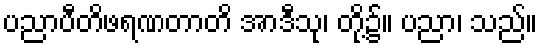
ပညာပီတိဖရဏတာတိ အာဒီသု၊ တို့၌။ ပညာ၊ သည်။